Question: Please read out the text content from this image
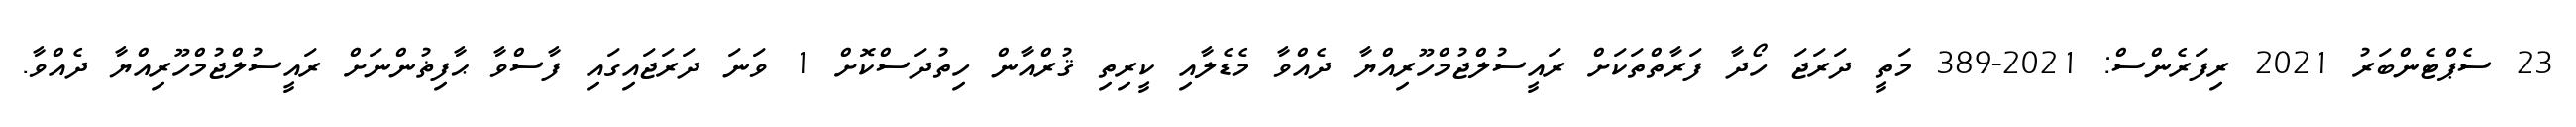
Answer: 23 ސެޕްޓެންބަރު 2021 ރިފަރެންސް: 2021-389 މަތީ ދަރަޖަ ހޯދާ ފަރާތްތަކަށް ރައީސުލްޖުމްހޫރިއްޔާ ދެއްވާ މެޑެލާއި ކީރިތި ޤުރްއާން ހިތުދަސްކޮށް 1 ވަނަ ދަރަޖައިގައި ފާސްވާ ޙާފިޡުންނަށް ރައީސުލްޖުމްހޫރިއްޔާ ދެއްވާ.